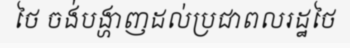
ថៃ ចង់បង្ហាញដល់ប្រជាពលរដ្ឋថៃ